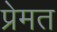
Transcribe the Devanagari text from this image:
प्रेमत